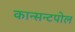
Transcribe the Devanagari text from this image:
कान्सन्टपोल